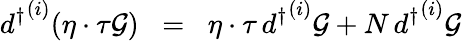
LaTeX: {d^{\dagger}}^{(i)}(\eta\cdot\tau{\cal{G}})\; \; =\; \; \eta\cdot\tau\, {d^{\dagger}}^{(i)}{\cal{G}}+N\, {d^{\dagger}}^{(i)}{\cal{G}}